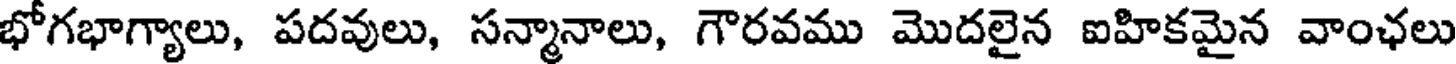
భోగభాగ్యాలు, పదవులు, సన్మానాలు, గౌరవము మొదలైన ఐహికమైన వాంఛలు